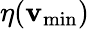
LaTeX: \eta(\mathbf{v}_{\mathrm{{min}}})